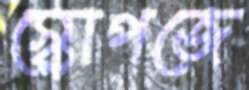
স্কোপজে